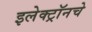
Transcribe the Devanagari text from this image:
इलेक्ट्रॉनचे